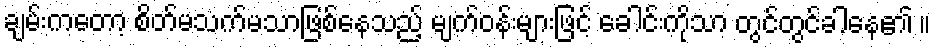
ချမ်းကတော့ စိတ်မသက်မသာဖြစ်နေသည့် မျက်ဝန်းများဖြင့် ခေါင်းကိုသာ တွင်တွင်ခါနေ၏ ။